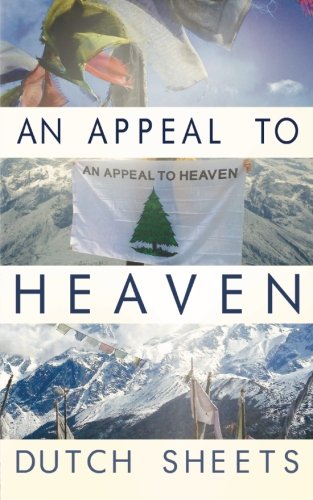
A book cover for An Appeal To Heaven: What Would Happen If We Did It Again; Dutch Sheets; History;